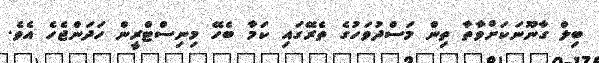
ބިލް ގާނޫނަކަށްވާތާ ތިން މަސްދުވަހުގެ ތެރޭގައި ކަމާ ބެހޭ މިނިސްޓްރީން ހަދަންޖެހެ އެވެ.